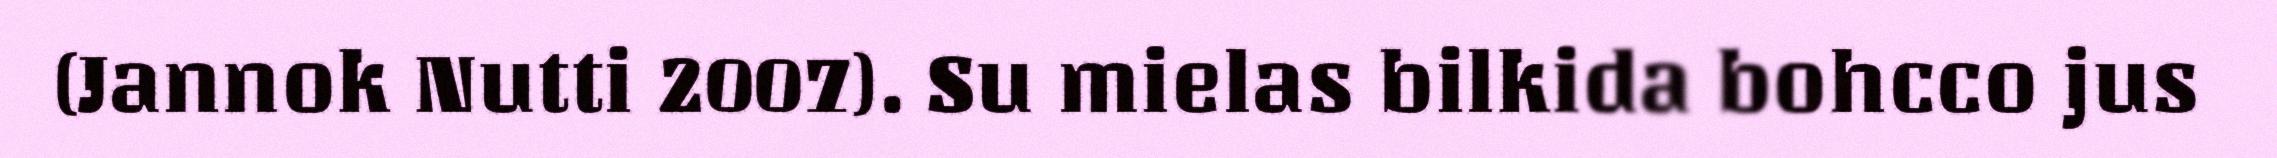
(Jannok Nutti 2007). Su mielas bilkida bohcco jus